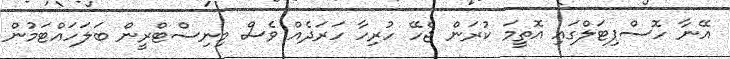
އޭނާ ހޮސްޕިޓަލްގައި އޮތީމަ ކުރަން ޖެހޭ ހުރިހާ ހަރަދެއް ވެސް މިނިސްޓްރީން ބަލަހައްޓަމުން